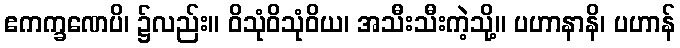
ဧကက္ခဏေပိ၊ ၌လည်း။ ဝိသုံဝိသုံဝိယ၊ အသီးသီးကဲ့သို့။ ပဟာနာနိ၊ ပဟာန်